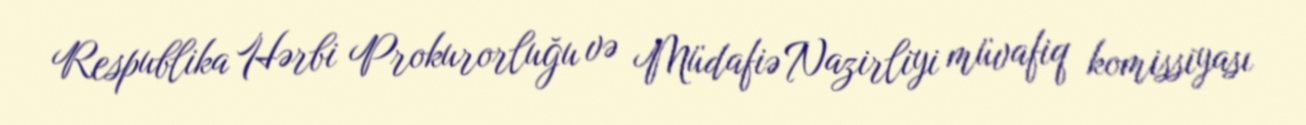
Respublika Hərbi Prokurorluğu və Müdafiə Nazirliyi müvafiq komissiyası